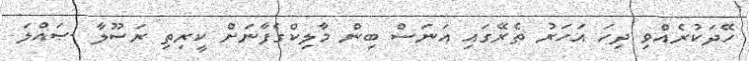
ހޭދަކުރެއްވި ދިހަ އަހަރު ތެރޭގައި އަނަސް ބިން މާލިކްގެފާނަށް ކީރިތި ރަސޫލާ -ޞައްލަ